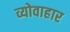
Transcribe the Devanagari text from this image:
व्योवाहार